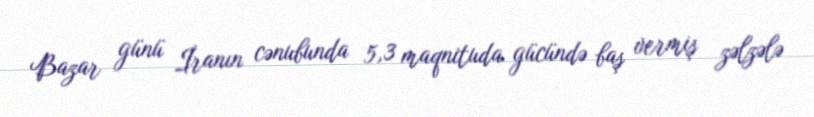
Bazar günü İranın cənubunda 5,3 maqnituda gücündə baş vermiş zəlzələ